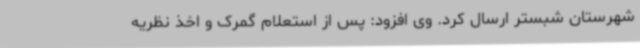
شهرستان شبستر ارسال کرد. وی افزود: پس از استعلام گمرک و اخذ نظریه